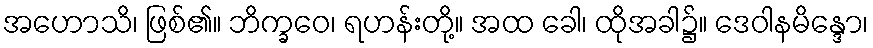
အဟောသိ၊ ဖြစ်၏။ ဘိက္ခဝေ၊ ရဟန်းတို့။ အထ ခေါ၊ ထိုအခါ၌။ ဒေဝါနမိန္ဒော၊